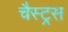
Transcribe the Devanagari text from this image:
चैस्ट्रस